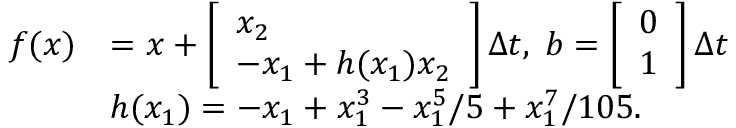
\begin{array} { r l } { f ( x ) } & { = x + \left[ \begin{array} { l } { x _ { 2 } } \\ { - x _ { 1 } + h ( x _ { 1 } ) x _ { 2 } } \end{array} \right] \Delta t , \; b = \left[ \begin{array} { l } { 0 } \\ { 1 } \end{array} \right] \Delta t } \\ & { h ( x _ { 1 } ) = - x _ { 1 } + x _ { 1 } ^ { 3 } - x _ { 1 } ^ { 5 } / 5 + x _ { 1 } ^ { 7 } / 1 0 5 . } \end{array}